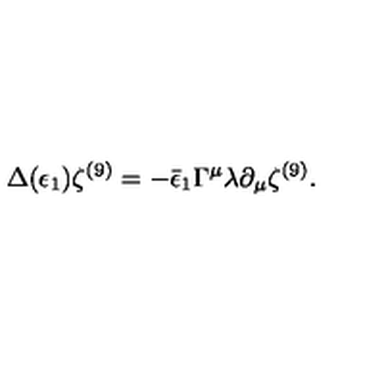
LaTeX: \Delta ( \epsilon _ { 1 } ) \zeta ^ { ( 9 ) } = - \bar { \epsilon } _ { 1 } \Gamma ^ { \mu } \lambda \partial _ { \mu } \zeta ^ { ( 9 ) } .